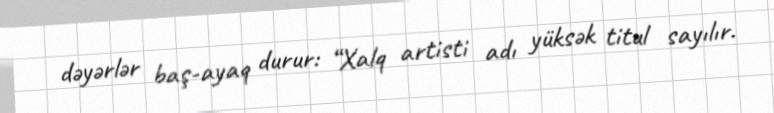
dəyərlər baş-ayaq durur: “Xalq artisti adı yüksək titul sayılır.